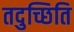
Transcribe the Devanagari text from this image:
तदुच्छिति